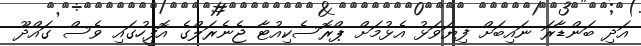
އަދި ބަންޑާރަ ނައިބަށް ފިޔަވަޅު އެޅުމަށް ޕްރޮސެކިއުޓާ ޖެނެރަލްގެ އޮފީހުގައި ވެސް ގައްދޫ